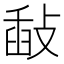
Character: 敮